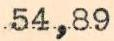
54,89